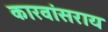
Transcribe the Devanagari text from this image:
कारवांसराय